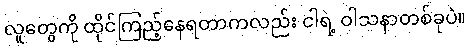
လူတွေကို ထိုင်ကြည့်နေရတာကလည်း ငါရဲ့ ဝါသနာတစ်ခုပဲ။